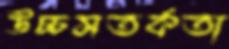
উচ্চসতর্কতা